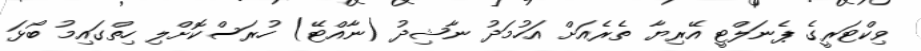
ވިކްޓަރީގެ ޕެނަލްޓީ އޭރިޔާ ތެރެއަށް އަހުމަދު ނާޝިދު (ނާއްޓޭ) ހުރަސްކޮށްލި ހިތްގައިމު ބޯޅަ